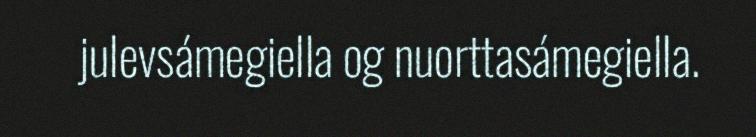
julevsámegiella og nuorttasámegiella.